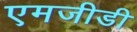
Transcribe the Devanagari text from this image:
एमजीडी